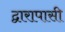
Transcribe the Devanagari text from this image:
द्वारापासी